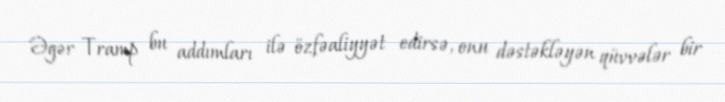
Əgər Tramp bu addımları ilə özfəaliyyət edirsə, onu dəstəkləyən qüvvələr bir